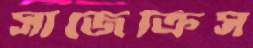
সাজেক্রিস